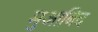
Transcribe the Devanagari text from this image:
मुआबिद